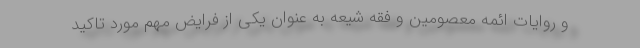
و روایات ائمه معصومین و فقه شیعه به عنوان یکی از فرایض مهم مورد تاکید